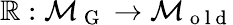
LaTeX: \mathbb{R}:\mathcal{{M}}_{\mathrm{{~G~}}}\to\mathcal{{M}}_{\mathrm{{~o~l~d~}}}